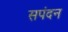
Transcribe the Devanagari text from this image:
सपंदन